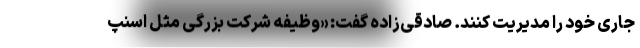
جاری خود را مدیریت کنند. صادقی‌زاده گفت: «وظیفه شرکت بزرگی مثل اسنپ